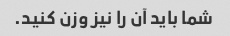
شما باید آن را نیز وزن کنید.